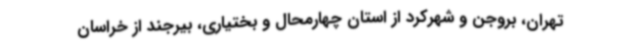
تهران، بروجن و شهرکرد از استان چهارمحال و بختیاری، بیرجند از خراسان